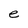
Character: e